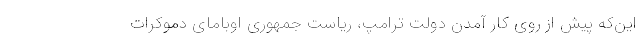
این‌که پیش از روی کار آمدن دولت ترامپ، ریاست جمهوری اوبامای دموکرات